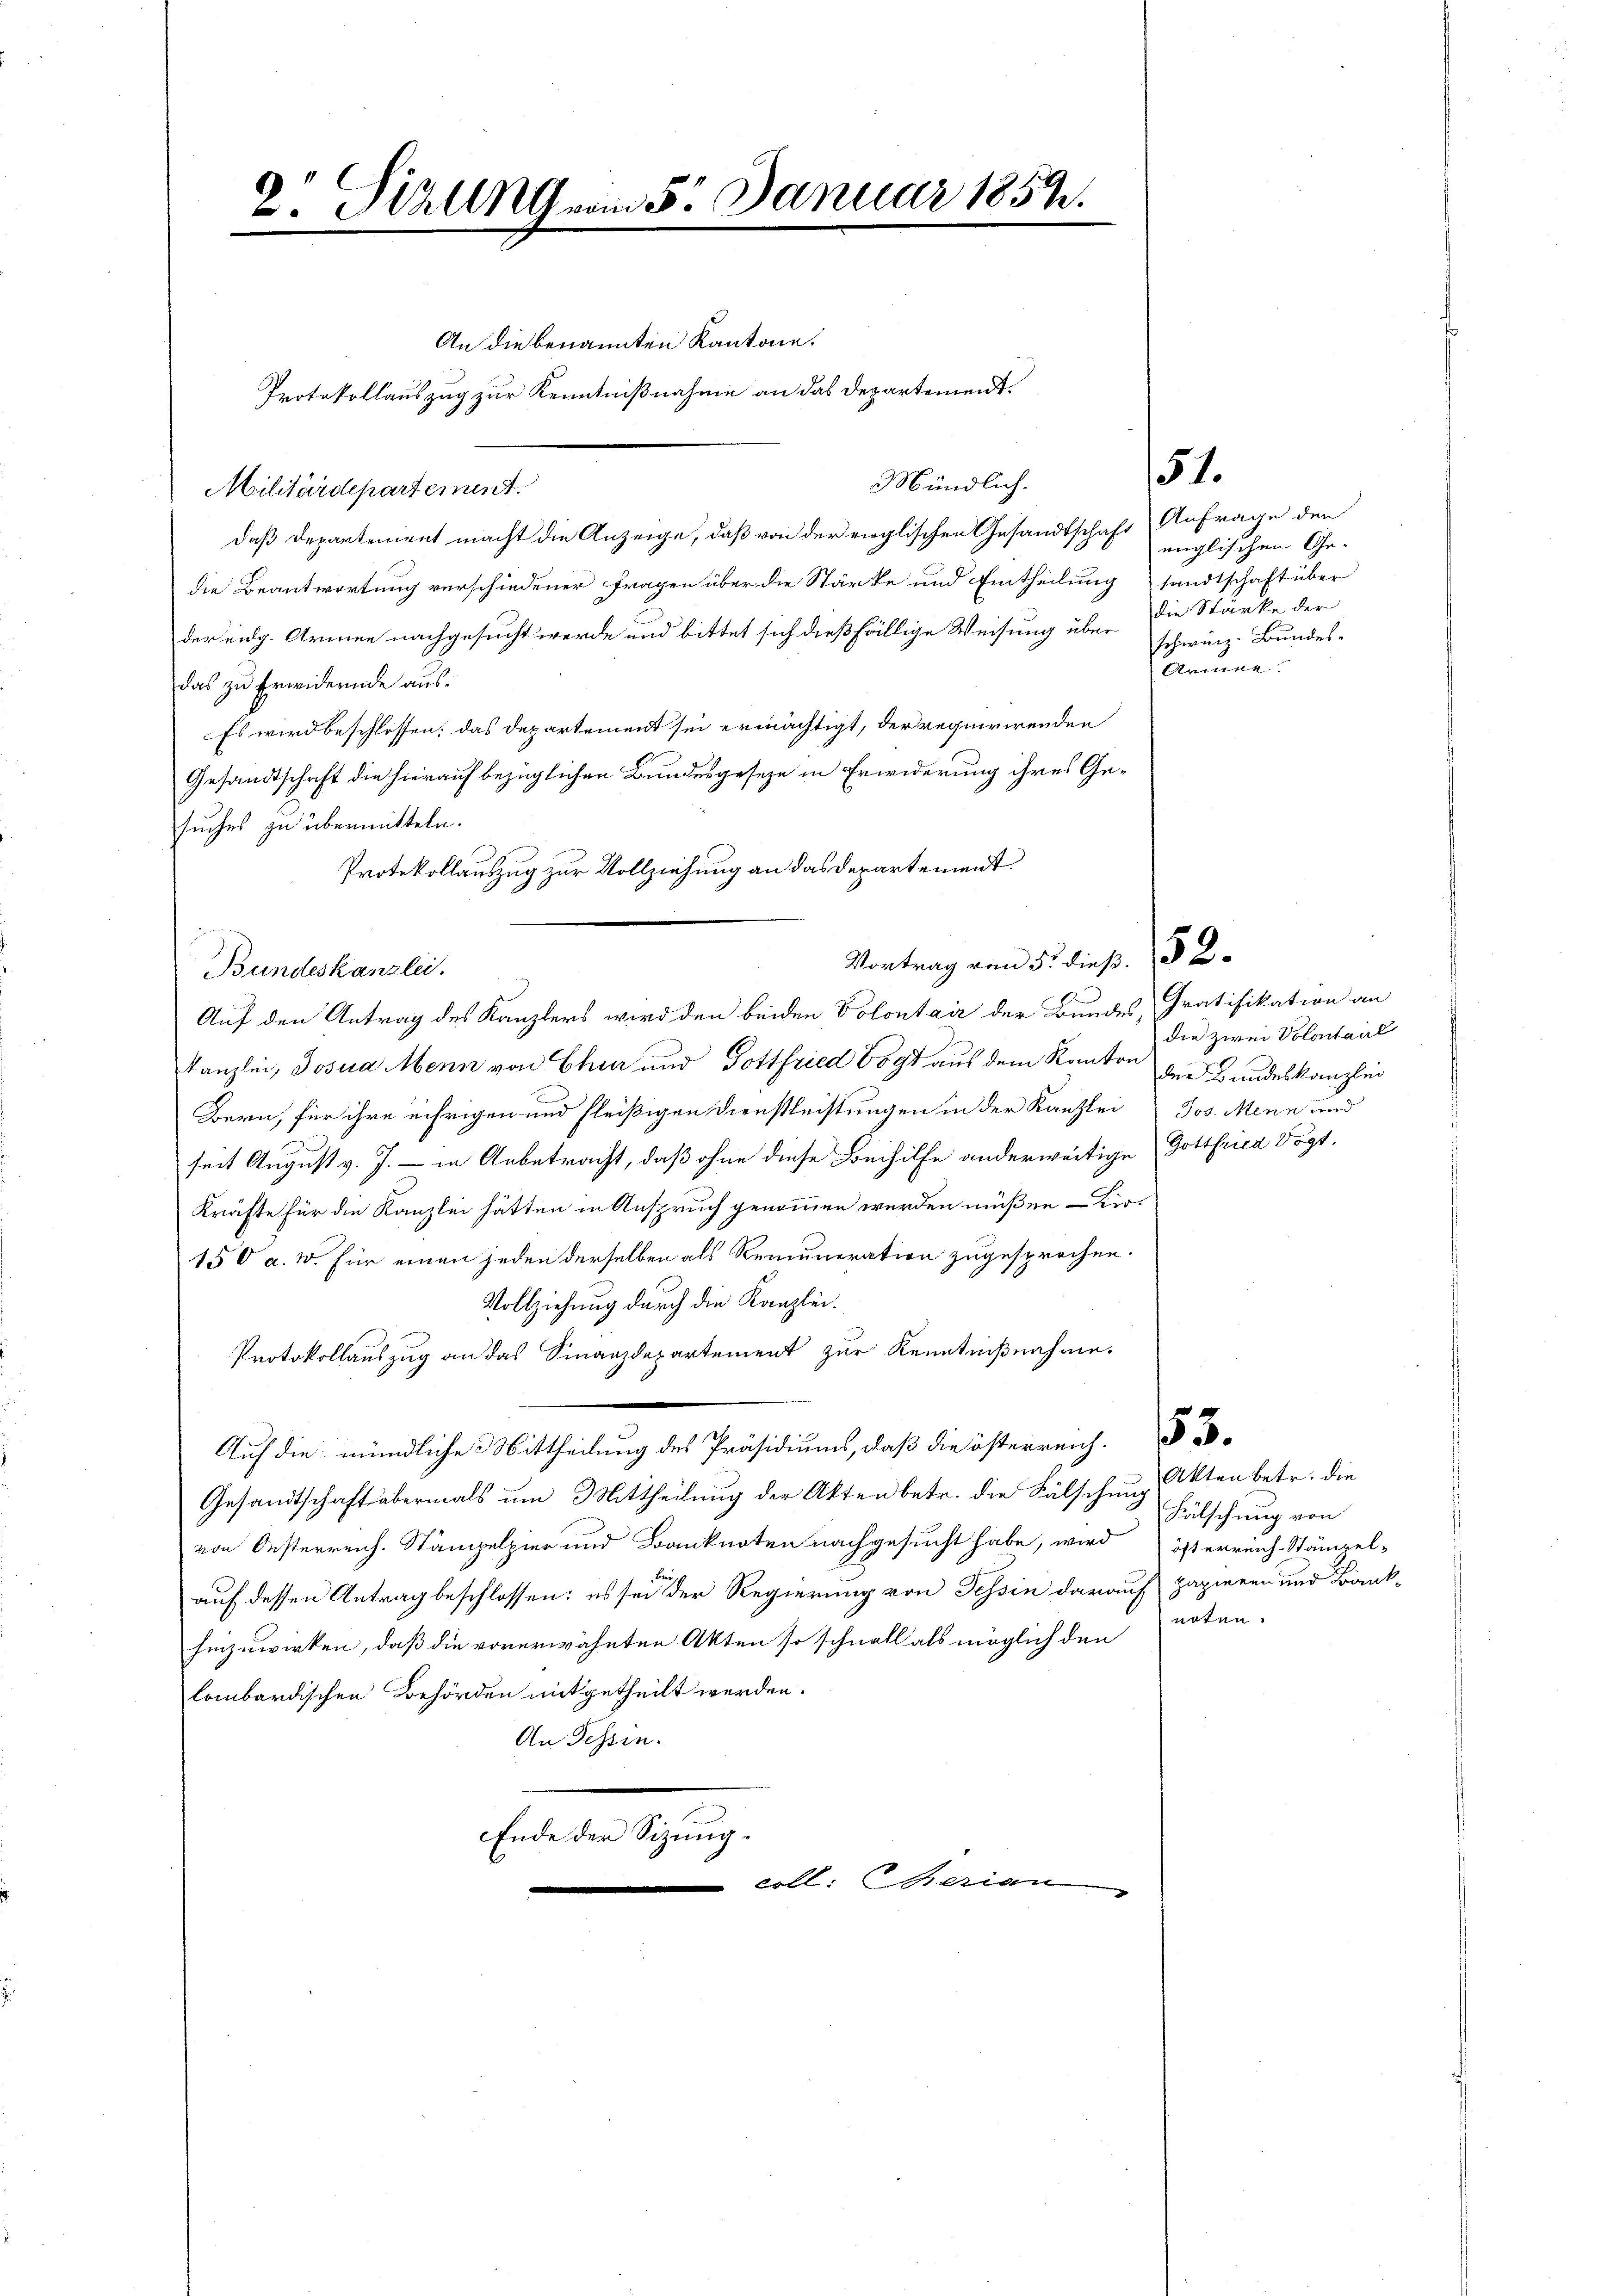
2. Pirung vom 5. Januar 1854.

An die benannten Kantone.
Protokollauszug zur Kenntnißnahme an das Departement.

3 Mündlich.
daß Departement macht die Anzeige, daß von der virglischen Gesandtschaft Anfrage den
die Beantwortung verschiedener Fragen über die Stärke und Eintheilung sandtschaft über
der eidg. Armen nachgesucht werde und bittet sich dießfällige Weisung über die Stärke der
das zu Erwidernde aus¬
Es wird beschlossen: das Departement sei ermächtigt, der requirirenden
Gesandtschaft die hierauf bezüglichen Bundesgeseze in Erwiderung ihres Gesuches zu übermitteln.
Protokollauszug zur Vollziehung an das Departement
Bundeskanzlei.
Auf den Antrag des Kanzlers wird den beiden Volontair der Bundes, Gratifikation an
Kanzlei, Josua Menn von Chur und Gottfried Vogt aus dem Kanton der Bundeskanzlei
Bern, für ihre eifrigen und fleißigen Dienstleistungen in der Kanzlei Jos. Menn und
seit August v. J. - in Anbetracht, daß ohne diese Beihilfe anderweitige Gottfrica Vogt.
Kräfte für die Kanzlei hätten in Anspruch genommen werden müßen – Kir¬
150 a. W. für einen jeden derselben als Remuneration zugesprochen.
Vollziehung durch die Kanzlei
Protokollauszug an das Finanzdepartement zur Kenntnißnahme.
Auf die mündliche Mittheilung des Präsidiums, daß die österreich
Gesandtschaft abermals um Mittheilung der Akten betr. die Fälschung
von Oesterreich. Stämpelpier und Banknoten nachgesucht habe, wird österreich-Stämpel-
auf dessen Antrag beschlossen: es sei der Regierung von Tessin darauf papieren und Bankhinzuwirken, daß die vorerwähnten Akten so schnall als möglich dennoten-
lombardischen Behörden mitgetheilt werden.
An Tessin.
Ende der Sizung.

Militärdepartement.

l. Geri

Vortrag vom 5. dieß. § 2

51.

englischen Ge-
schweiz. Bundes-
Armee

die zwei Volontaire

Akten betr. die
Fälschung von